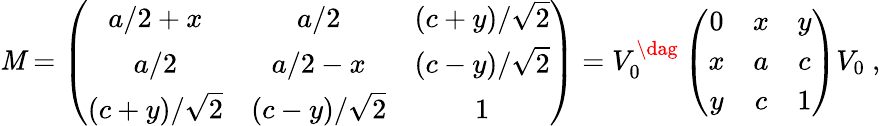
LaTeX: \mathit{M}=\left(\begin{array}{ccc}{{a/2+x}}&{{a/2}}&{{(c+y)/\sqrt{2}}}\\ {{a/2}}&{{a/2-x}}&{{(c-y)/\sqrt{2}}}\\ {{(c+y)/\sqrt{2}}}&{{(c-y)/\sqrt{2}}}&{{1}}\end{array}\right)=V_{0}^{\dag}\left(\begin{array}{ccc}{{0}}&{{x}}&{{y}}\\ {{x}}&{{a}}&{{c}}\\ {{y}}&{{c}}&{{1}}\end{array}\right)V_{0}\ ,